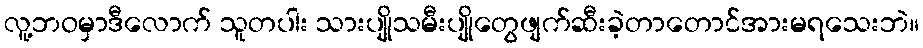
လူ့ဘဝမှာဒီလောက် သူတပါး သားပျိုသမီးပျိုတွေဖျက်ဆီးခဲ့တာတောင်အားမရသေးဘဲ။